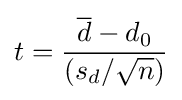
t={\frac {{\overline {d}}-d_{0}}{(s_{d}/{\sqrt {n}})}}